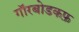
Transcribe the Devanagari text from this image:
गॉरबोडकफ़